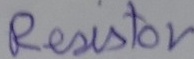
Text: Resistor